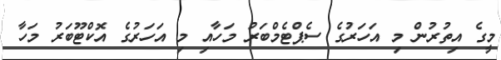
މީގެ އިތުރުން މި އަހަރުގެ ސެޕްޓެމްބަރު މަހާއި މި އަހަރުގެ އޮކްޓޫބަރު މަހާ